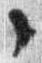
々